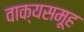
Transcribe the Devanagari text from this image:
वाक्यसमूह